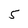
Character: 5